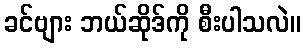
ခင်ဗျား ဘယ်ဆိုဒ်ကို စီးပါသလဲ။